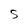
Character: S